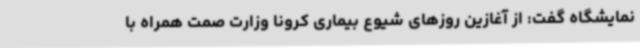
نمایشگاه گفت: از آغازین روزهای شیوع بیماری کرونا وزارت صمت همراه با